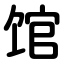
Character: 馆